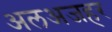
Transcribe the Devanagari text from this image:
अलअजहर